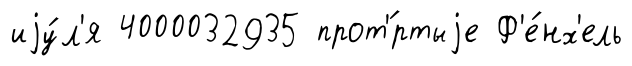
иjу́л'я 4000032935 прот'́ртыjе Ф'е́нх'ель